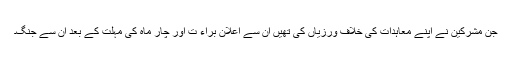
جن مشرکین نے اپنے معاہدات کی خلاف ورزیاں کی تھیں ان سے اعلان براء ت اور چار ماہ کی مہلت کے بعد ان سے جنگ۔